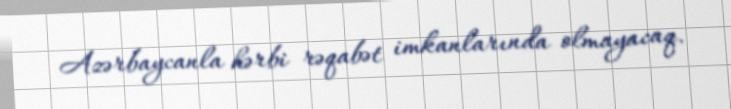
Azərbaycanla hərbi rəqabət imkanlarında olmayacaq.